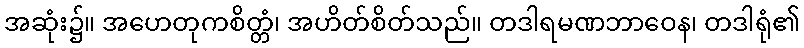
အဆုံး၌။ အဟေတုကစိတ္တံ၊ အဟိတ်စိတ်သည်။ တဒါရမဏဘာဝေန၊ တဒါရုံ၏